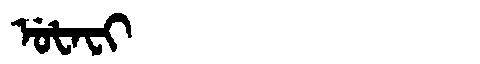
Manchu: ᡠᡶᠠᠸᡳ
Romanization: UFAFI